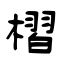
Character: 槢